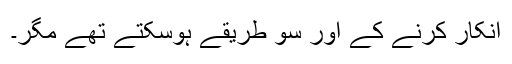
انکار کرنے کے اور سو طریقے ہوسکتے تھے مگر۔